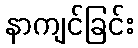
နာကျင်ခြင်း